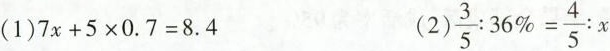
(1)$$7 x + 5 \times 0 . 7 = 8 . 4$$ (2)$$\frac { 3 } { 5 } : 3 6 \ % = \frac { 4 } { 5 } : x$$